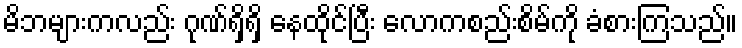
မိဘများကလည်း ဂုဏ်ရှိရှိ နေထိုင်ပြီး လောကစည်းစိမ်ကို ခံစားကြသည်။